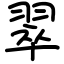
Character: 翠